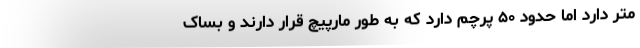
متر دارد اما حدود ۵۰ پرچم دارد که به طور مارپیچ قرار دارند و بساک